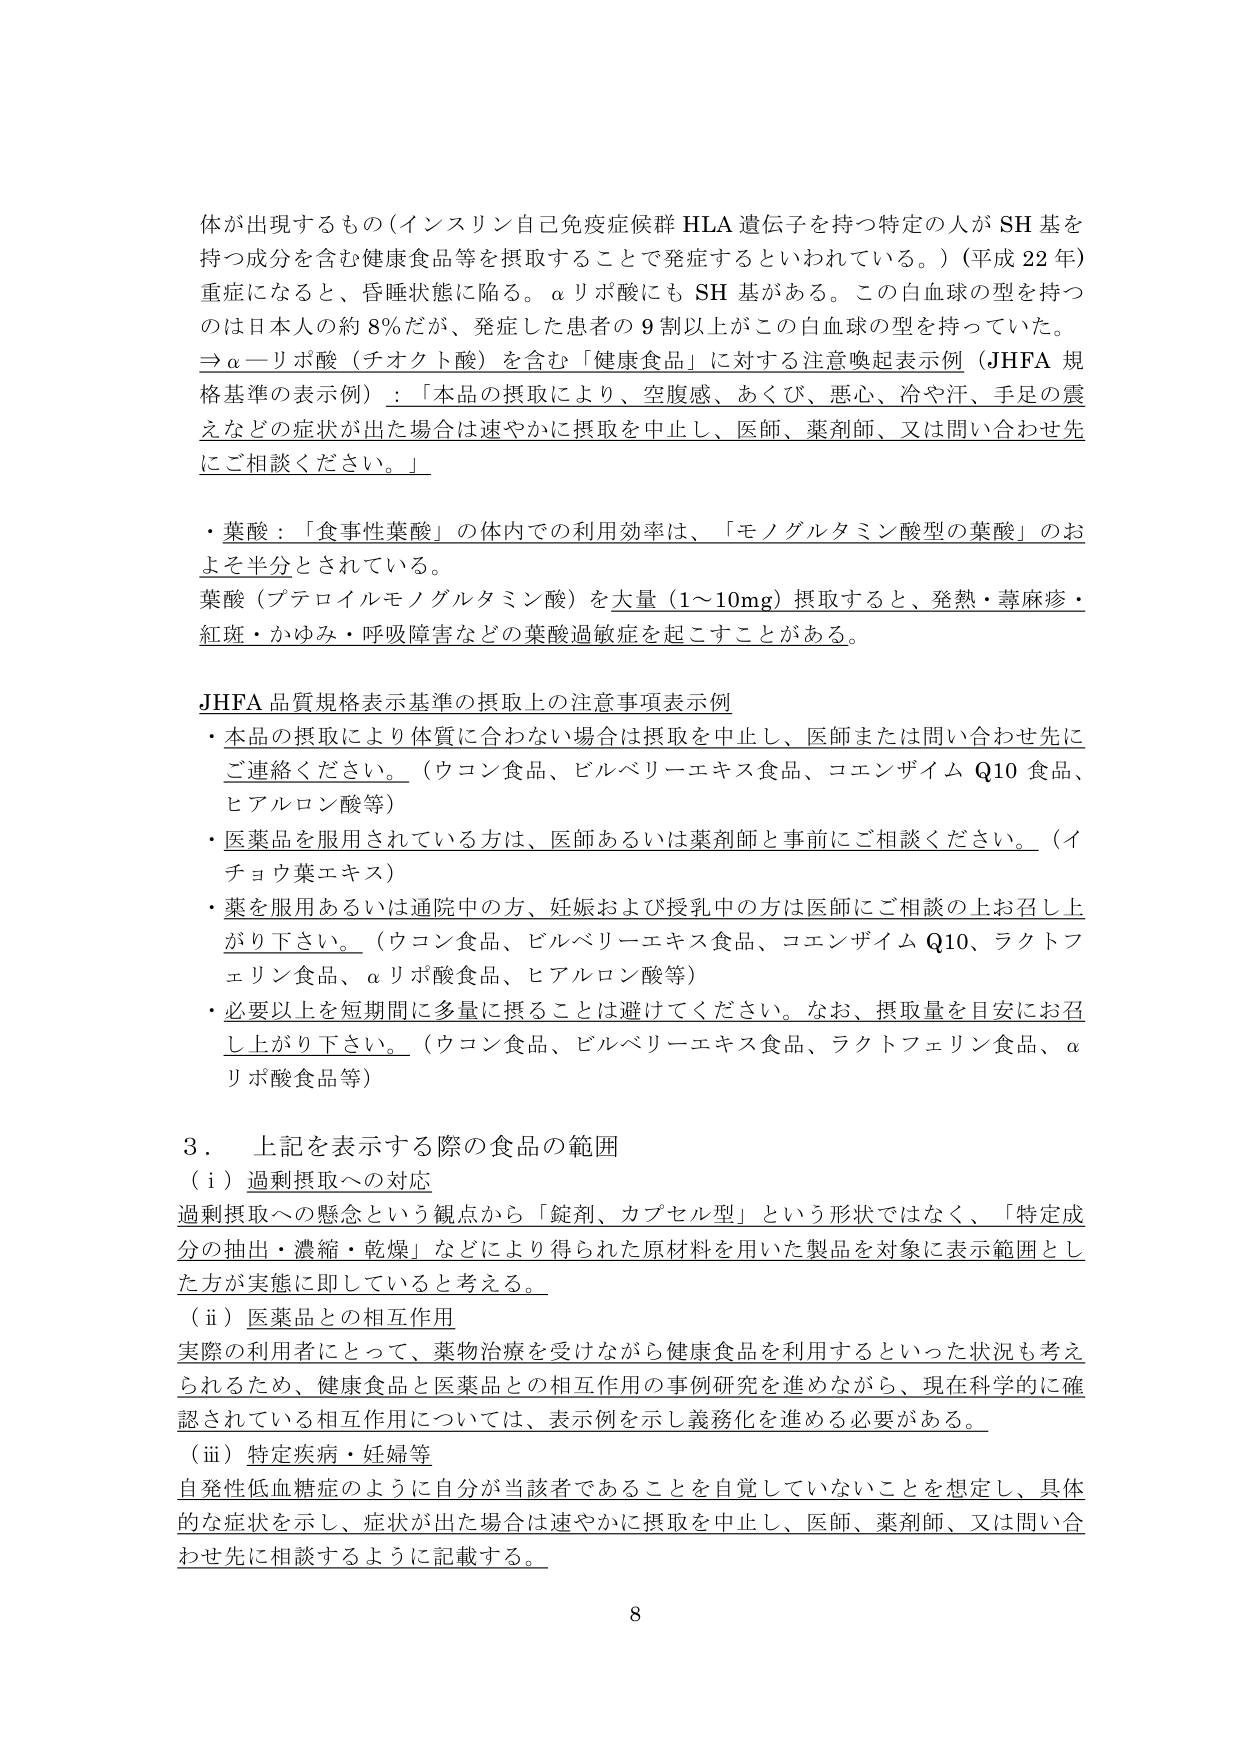
体が出現するもの（インスリン自己免疫症候群 HLA 遺伝子を持つ特定の人が SH 基を持つ成分を含む健康食品等を摂取することで発症するといわれている。）（平成 22 年）重症になると、昏睡状態に陥る。αリポ酸にも SH 基がある。この白血球の型を持つのは日本人の約 8％だが、発症した患者の 9 割以上がこの白血球の型を持っていた。
⇒α―リポ酸（チオクト酸）を含む「健康食品」に対する注意喚起表示例（JHFA 規格基準の表示例）：「本品の摂取により、空腹感、あくび、悪心、冷や汗、手足の震えなどの症状が出た場合は速やかに摂取を中止し、医師、薬剤師、又は問い合わせ先にご相談ください。」

・葉酸：「食事性葉酸」の体内での利用効率は、「モノグルタミン酸型の葉酸」のおよそ半分とされている。
葉酸（プテロイルモノグルタミン酸）を大量（1～10mg）摂取すると、発熱・蕁麻疹・紅斑・かゆみ・呼吸障害などの葉酸過敏症を起こすことがある。

JHFA 品質規格表示基準の摂取上の注意事項表示例
・本品の摂取により体質に合わない場合は摂取を中止し、医師または問い合わせ先にご連絡ください。（ウコン食品、ビルベリーエキス食品、コエンザイム Q10 食品、ヒアルロン酸等）
・医薬品を服用されている方は、医師あるいは薬剤師と事前にご相談ください。（イチョウ葉エキス）
・薬を服用あるいは通院中の方、妊娠および授乳中の方は医師にご相談の上お召し上がり下さい。（ウコン食品、ビルベリーエキス食品、コエンザイム Q10、ラクトフェリン食品、αリポ酸食品、ヒアルロン酸等）
・必要以上を短期間に多量に摂ることは避けてください。なお、摂取量を目安にお召し上がり下さい。（ウコン食品、ビルベリーエキス食品、ラクトフェリン食品、αリポ酸食品等）

3．上記を表示する際の食品の範囲
（i）過剰摂取への対応
過剰摂取への懸念という観点から「錠剤、カプセル型」という形状ではなく、「特定成分の抽出・濃縮・乾燥」などにより得られた原材料を用いた製品を対象に表示範囲とした方が実態に即していると考える。
（ii）医薬品との相互作用
実際の利用者にとって、薬物治療を受けながら健康食品を利用するといった状況も考えられるため、健康食品と医薬品との相互作用の事例研究を進めながら、現在科学的に確認されている相互作用については、表示例を示し義務化を進める必要がある。
（iii）特定疾病・妊婦等
自発性低血糖症のように自分が当該者であることを自覚していないことを想定し、具体的な症状を示し、症状が出た場合は速やかに摂取を中止し、医師、薬剤師、又は問い合わせ先に相談するように記載する。

8